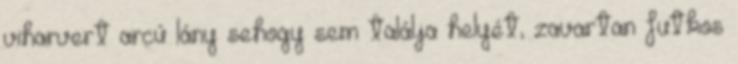
viharvert arcú lány sehogy sem találja helyét, zavartan futkos